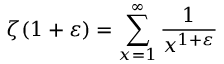
\zeta ( 1 + \varepsilon ) = \sum _ { x = 1 } ^ { \infty } { \frac { 1 } { x ^ { 1 + \varepsilon } } }